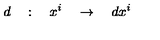
d \quad : \quad x ^ { i } \quad \rightarrow \quad d x ^ { i }